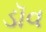
ડૉવ